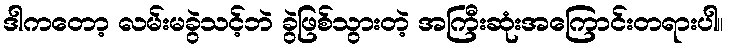
ဒါကတော့ လမ်းမခွဲသင့်ဘဲ ခွဲဖြစ်သွားတဲ့ အကြီးဆုံးအကြောင်းတရားပါ။